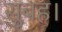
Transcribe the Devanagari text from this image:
सुबह।